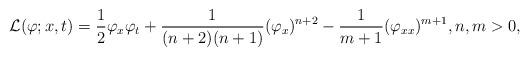
LaTeX: \begin{align*}\mathcal{L}(\varphi;x,t) = \frac{1}{2}\varphi_x \varphi_t + \frac{1}{(n+2)(n+1)} (\varphi_x)^{n+2} - \frac{1}{m+1}(\varphi_{xx})^{m+1},n,m>0,\end{align*}